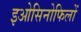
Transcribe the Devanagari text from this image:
इओसिनोफिलों